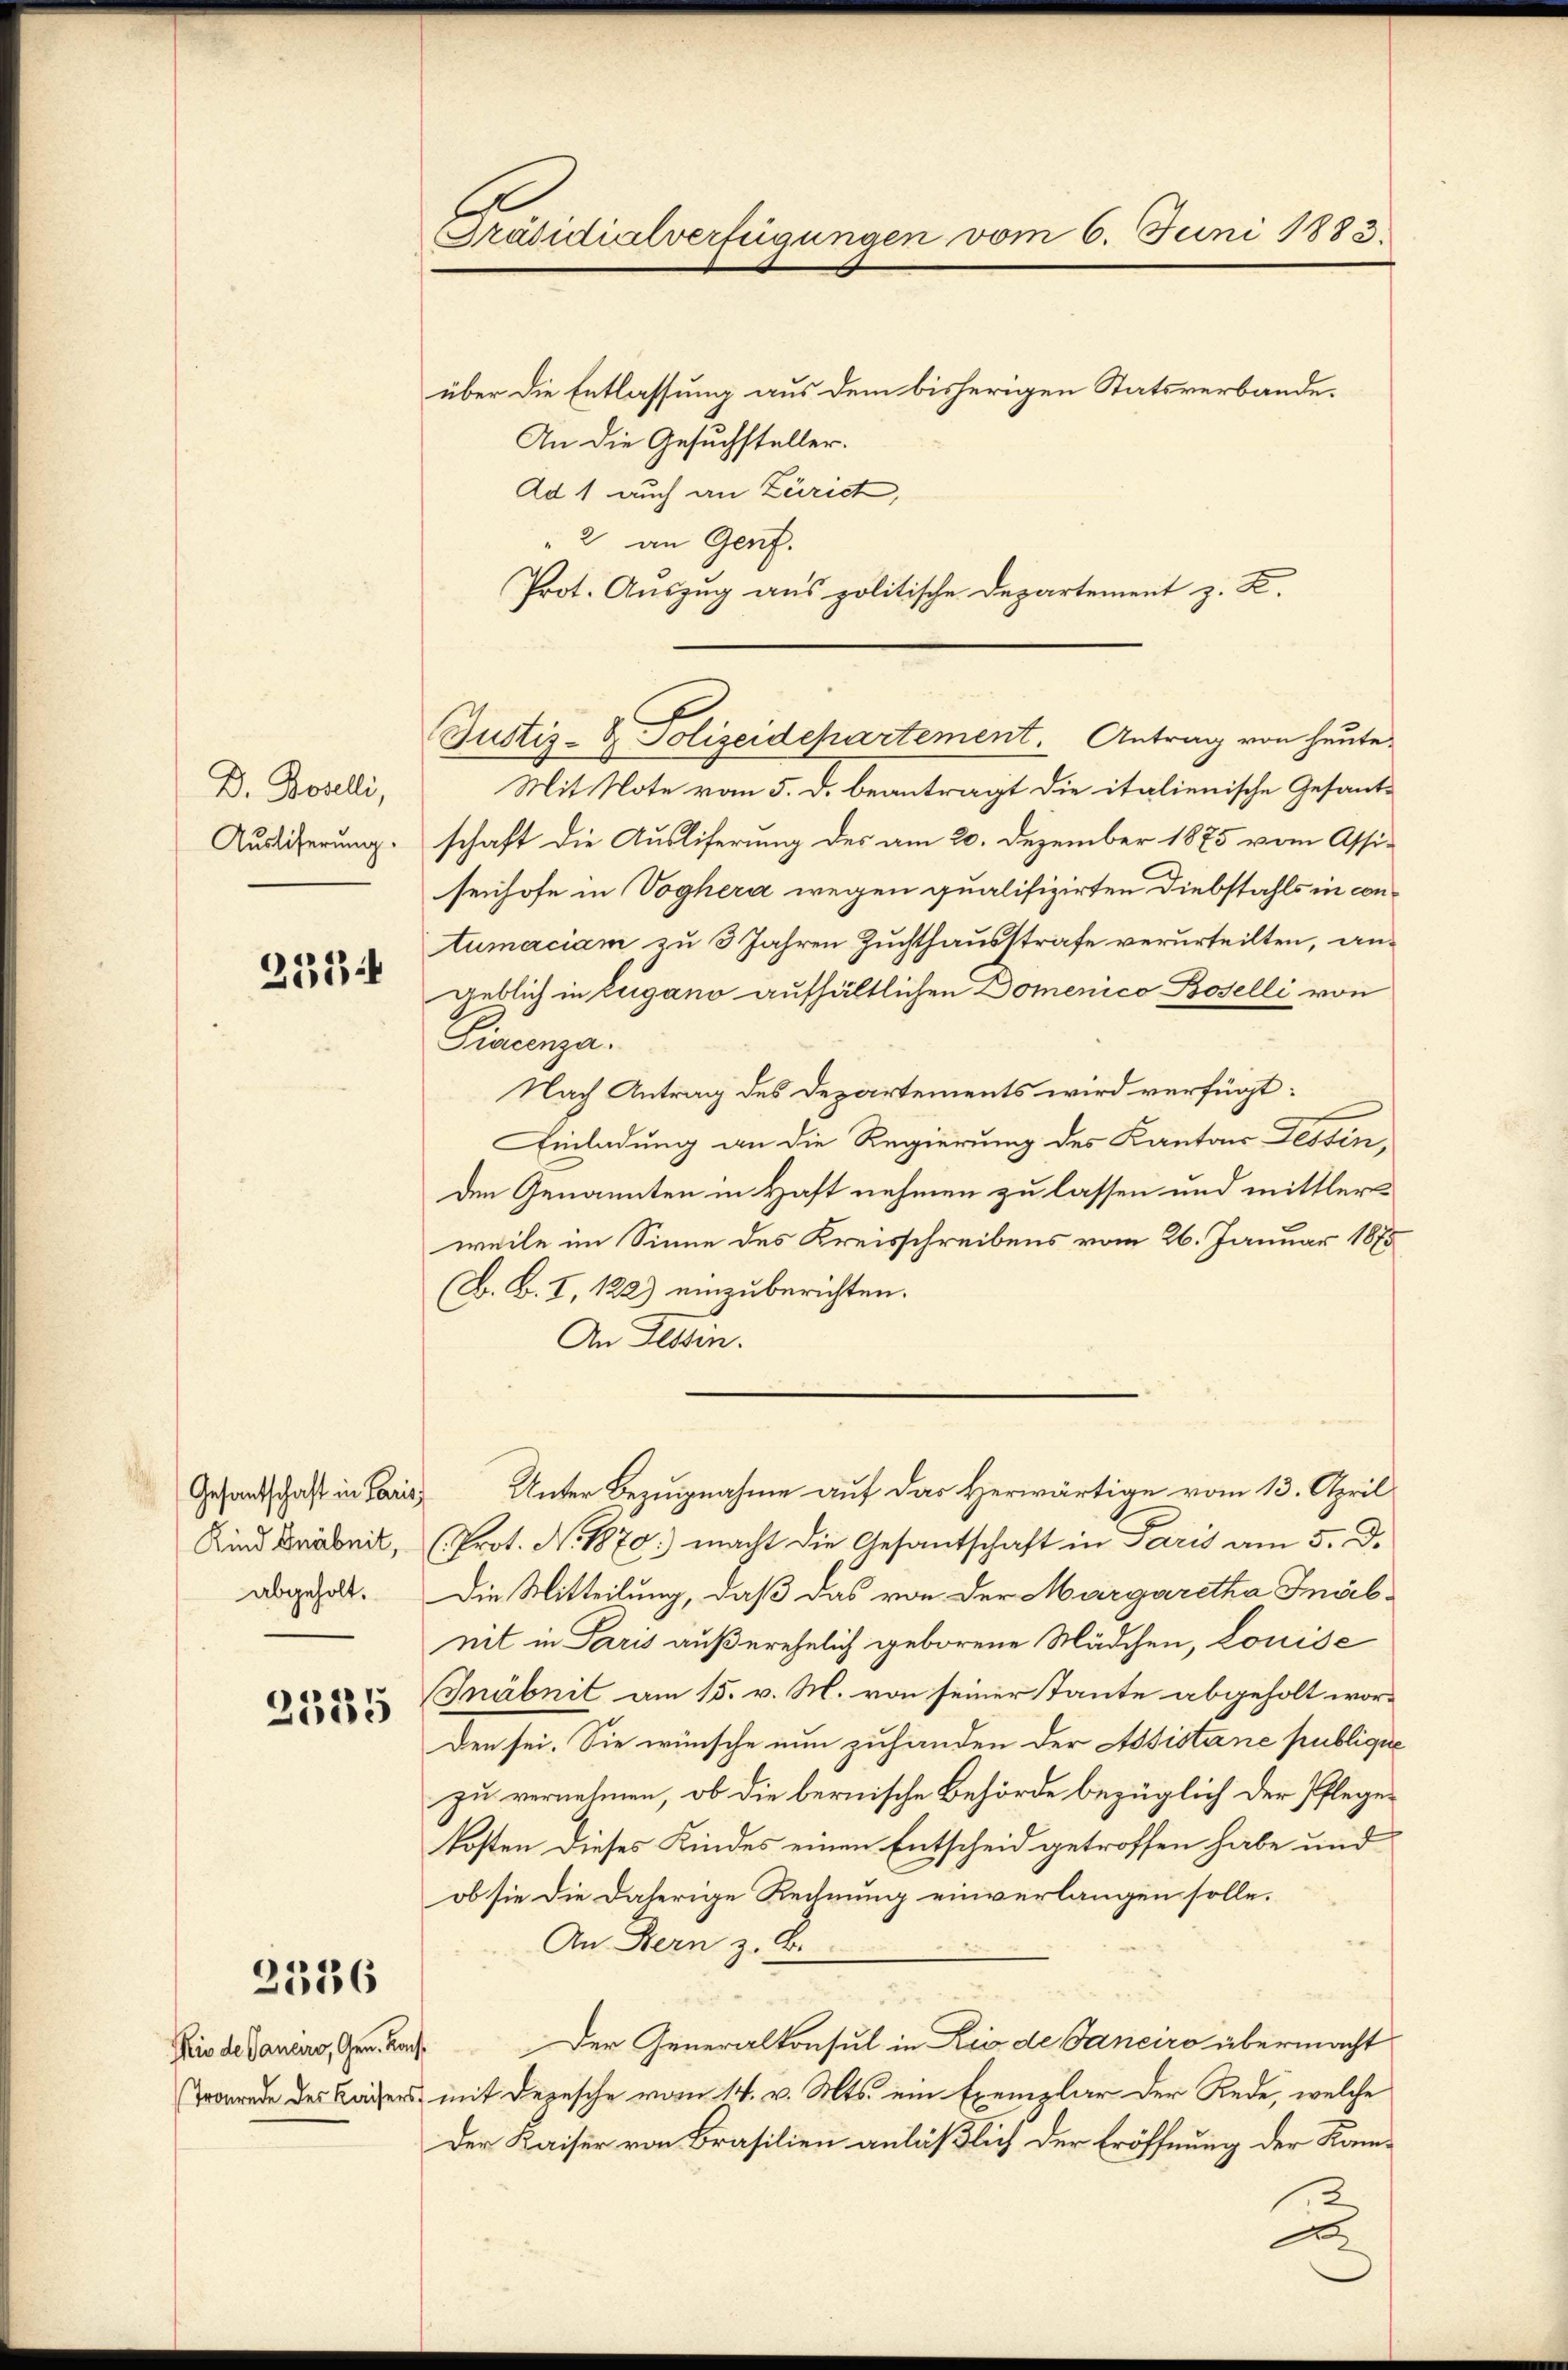
D. Bovelli,
Ausliferung.

212

Kind Knabeit,
abgeholt.

2535

über die Entlassung aus dem bisherigen Statsverbande.
An die Gesuchsteller.
Ad 1 auch an Zürich,
" 2 an Genf.
Prot. Auszug aus politische Departement z. Z.

2336

Rio de Canciro, Gen. Kon
Tronrede des Kaisers

Präsidialverfügungen vom 6. Juni 1883.

Justiz- & Polizeidepartement. Antrag von heute

Mit Note vom 5. d. beantragt die italienische Gesant-
schaft die Auslieferung des am 20. Dezember 1875 vom Assisenhofe in Voghera wegen qualifizirten Diebstahls in contumaciam zu 3 Jahren Zuchthausstrafe verurteilten, angeblich in Lugano aufhältlichen Domenico Baselli von
Fincenza.
Nach Antrag des Departements wird verfügt:
Einladung an die Regierung des Kantons Fessen,
den Genannten in Haft nehmen zu lassen und mittler
weile im Sinne des Kreisschreibens vom 26. Januar 1875
(B. B. I, 122) einzuberichten.
An Tessin.
Gesandtschaft in Paris Unter Bezugnahme auf das Herwärtige vom 13. April
(Prot. No. 1870. macht die Gesantschaft in Paris am 5. De
Die Mitteilung, daß das von der Margaretha Inabnit in Paris außerehelich geborene Mädchen, Louise
Gnäbnit am 15. v. M. von seiner Tante abgeholt wor¬
Den sei. Sie wünsche nun zuhanden der Assistane publique
zu vernehmen, ob die bernische Behörde bezüglich der Pflegekosten dieses Kindes einen Entscheid getroffen habe und
ob sie die daherige Rechnung einverlangen solle.
An Bern z. B.
For
Der Generalkonsul in Zic de Canciro übermacht
& mit Depesche vom 14. v. Mts. ein Exemplar der Rede, welche
Der Kaiser von Brasilien anläßlich der Eröffnung der Kam¬
u